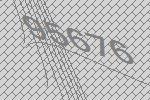
95676